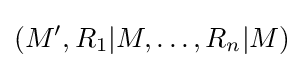
(M',R_{1}\vert M,\ldots ,R_{n}\vert M)